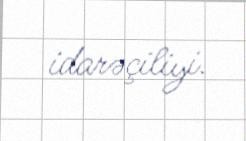
idarəçiliyi.